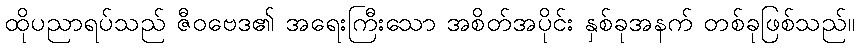
ထိုပညာရပ်သည် ဇီဝဗေဒ၏ အရေးကြီးသော အစိတ်အပိုင်း နှစ်ခုအနက် တစ်ခုဖြစ်သည်။